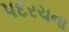
પદરચના